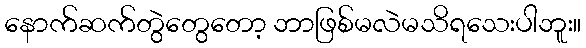
နောက်ဆက်တွဲတွေတော့ ဘာဖြစ်မလဲမသိရသေးပါဘူး။